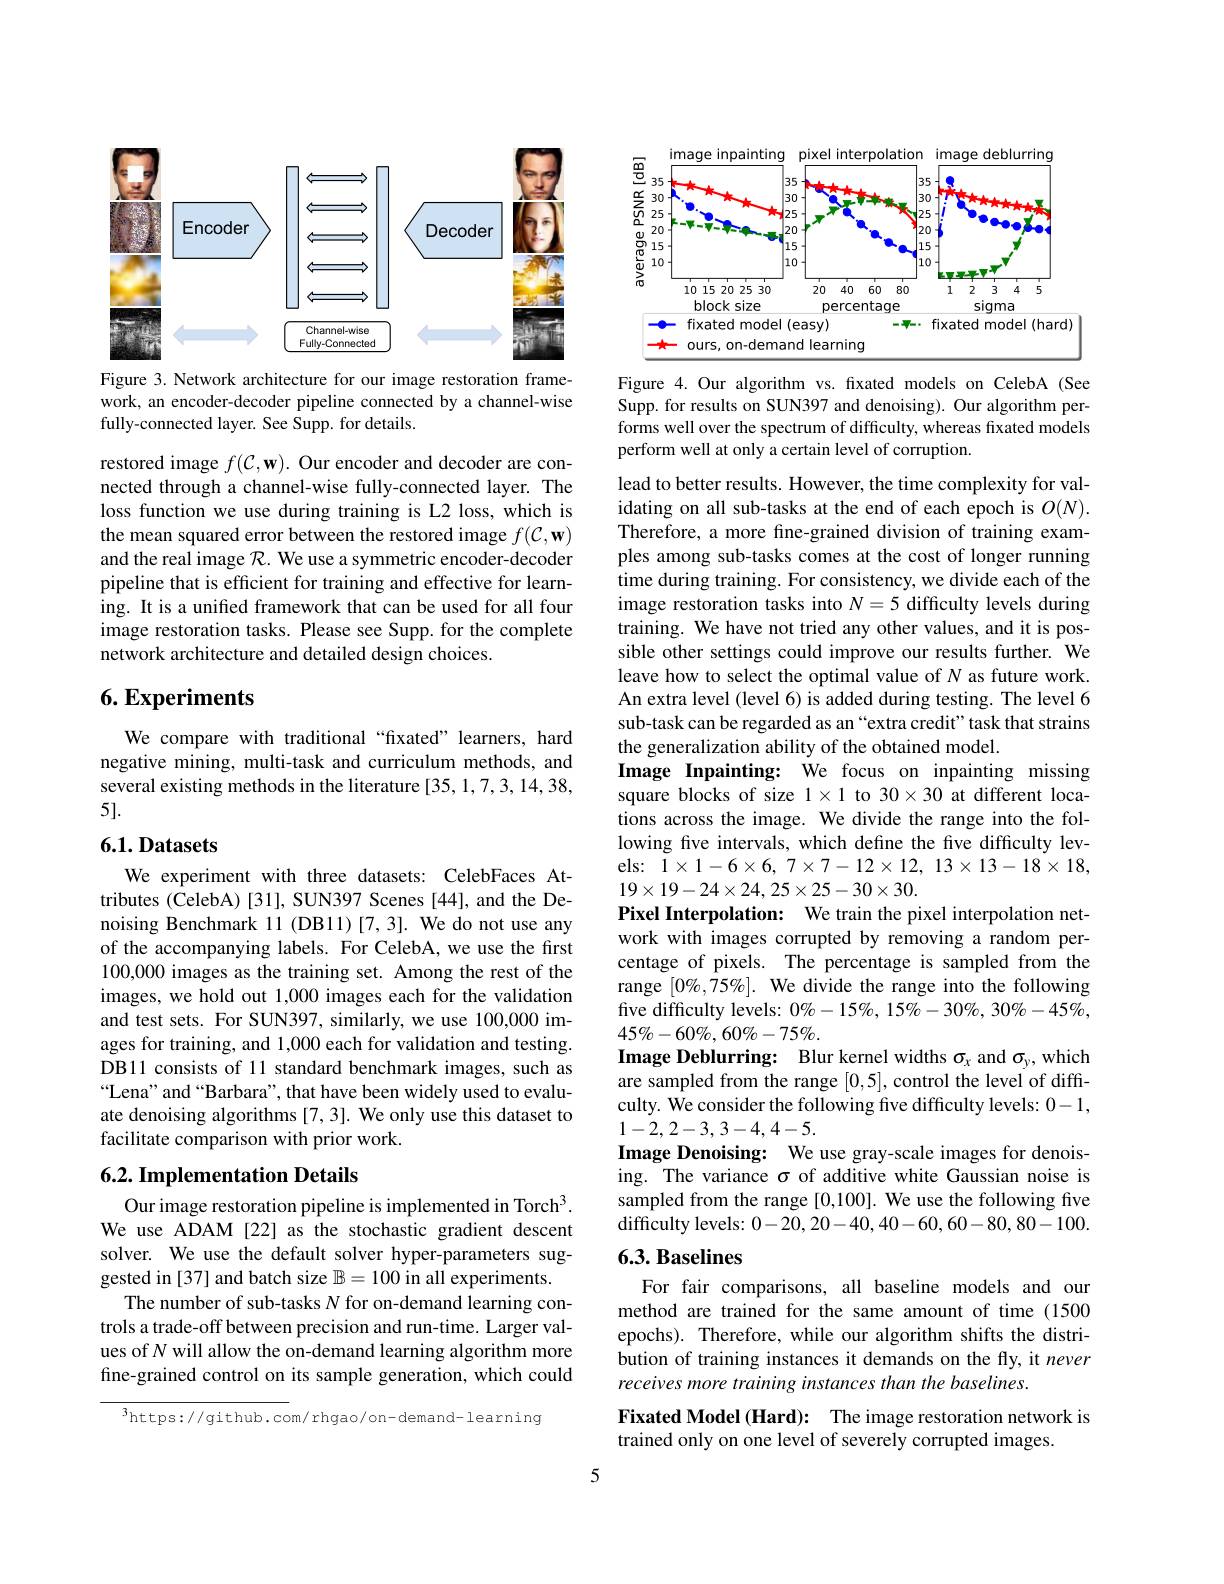
<FigureHere>

Figure 3. Network architecture for our image restoration framework, an encoder-decoder pipeline connected by a channel-wise fully-connected layer. See Supp. for details.

restored image $f(\mathcal{C},\mathbf{w}).$ Our encoder and decoder are connected through a channel-wise fully-connected layer. The loss function we use during training is L2 loss, which is the mean squared error between the restored image $f(\mathcal{C},\mathbf{w})$ and the real image $\mathcal{R}.$ We use a symmetric encoder-decoder pipeline that is efficient for training and effective for learning. It is a unifed framework that can be used for all four image restoration tasks. Please see Supp. for the complete network architecture and detailed design choices.

## $6. \textbf{Experiments}$

We compare with traditional “fixated” learners, hard negative mining, multi-task and curriculum methods, and several existing methods in the literature [35,1,7,3,14,38, 5].

## 6.1. Datasets

We experiment with three datasets: CelebFaces Attributes (CelebA) [31], SUN397 Scenes [44], and the Denoising Benchmark 11 (DB11)[7,3]. We do not use any of the accompanying labels. For CelebA, we use the first 100,0000 images as the training set. Among the rest of the images, we hold out 1,000 images each for the validation and test sets. For SUN397, similarly, we use 100,000 images for training, and 1,000 each for validation and testing. DB11 consists of 11 standard benchmark images, such as “Lena" and “Barbara”, that have been widely used to evaluate denoising algorithms [7,3]. We only use this dataset to facilitate comparison with prior work.

## 6.2. Implementation Details

Our image restoration pipeline is implemented in Torch$^3.$ We use ADAM [22] as the stochastic gradient descent solver. We use the default solver hyper-parameters suggested in [37] and batch size $\mathbb{B}=100$ in all experiments.
The number of sub-tasks $N$ for on-demand learning controls a trade-off between precision and run-time. Larger values of $N$ will allow the on-demand learning algorithm more fine-grained control on its sample generation, which could

$^{3}$https://github.com/rhgao/on-demand-learning

<FigureHere>

Figure 4. Our algorithm vs. fixated models on CelebA (See Supp. for results on SUN397 and denoising). Our algorithm performs well over the spectrum of difficulty, whereas fixated models perform well at only a certain level of corruption.

lead to better results. However, the time complexity for validating on all sub-tasks at the end of each epoch is $O(N).$ Therefore, a more fine-grained division of training examples among sub-tasks comes at the cost of longer running time during training. For consistency, we divide each of the image restoration tasks into $N=5$ difficulty levels during training. We have not tried any other values, and it is possible other settings could improve our results further. We leave how to select the optimal value of $N$ as future work. An extra level (level 6) is added during testing. The level 6 sub-task can be regarded as an “extra credit”task that strains the generalization ability of the obtained model.
Image Inpainting: We focus on inpainting missing square blocks of size $1\times1$ to $30\times30$ at different locations across the image. We divide the range into the following five intervals, which define the five difficulty levels:$1\times1-6\times6,7\times7-12\times12,13\times13-18\times18$, $19\times19-24\times24,25\times25-30\times30.$
Pixel Interpolation: We train the pixel interpolation network with images corrupted by removing a random percentage of pixels. The percentage is sampled from the range $[0\%,75\%].$ We divide the range into the following five difficulty levels: $0\%-15\%,15\%-30\%,30\%-45\%$, $45\%-60\%,60\%-75\%.$
Image Deblurring: Blur kernel widths $\sigma_x$ and $\sigma_y$, which are sampled from the range [0,5], control the level of difficulty. We consider the following five difficulty levels: 0-1, 1-2,2-3,3-4,4-5.
Image Denoising: We use gray-scale images for denoising. The variance $\sigma$ of additive white Gaussian noise is sampled from the range [0,100]. We use the following five difficulty levels: 0-20,20-40,40-60,60-80,80-100. 6.3. Baselines

For fair comparisons, all baseline models and our method are trained for the same amount of time (1500 epochs). Therefore, while our algorithm shifts the distribution of training instances it demands on the fly, it never receives more training instances than the baselines.

Fixated Model (Hard): The image restoration network is
trained only on one level of severely corrupted images.

5